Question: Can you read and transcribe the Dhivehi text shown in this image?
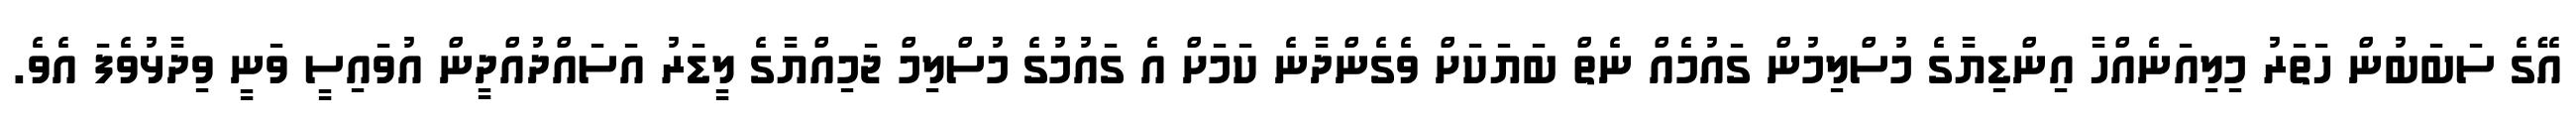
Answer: އޭގެ ސަބަބުން ހަތަރު މިލިއަނެއްހާ އިންޑިޔާގެ މުސްލިމުން ގައުމެއް ނެތް ބަޔަކަށް ވެގެންދާނެ ކަމަށް އެ ގައުމުގެ މުސްލިމް ޖަމިއްޔާގެ ލީޑަރު އަސައްދުއްދީން އުވައިސީ ވަނީ ވިދާޅުވެފަ އެވެ.